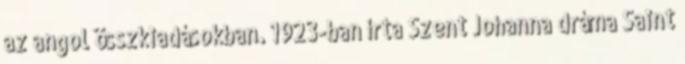
az angol összkiadásokban. 1923-ban írta Szent Johanna dráma Saint